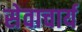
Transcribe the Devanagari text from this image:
सेवाचार्य